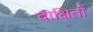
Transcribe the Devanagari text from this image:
दीक्षितों